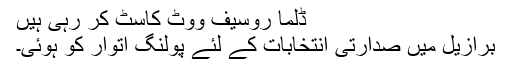
ڈِلما روسیف ووٹ کاسٹ کر رہی ہیں
برازیل میں صدارتی انتخابات کے لئے پولنگ اتوار کو ہوئی۔